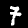
Label: 7